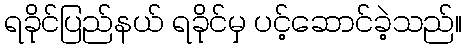
ရခိုင်ပြည်နယ် ရခိုင်မှ ပင့်ဆောင်ခဲ့သည်။